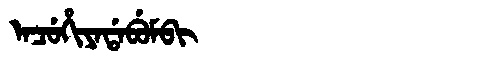
Manchu: ᠠᠴᡠᡥᡳᠶᠠᡩᠠᠪᡠᠮᠪᡳ
Romanization: ACUHIYADABUMBI